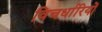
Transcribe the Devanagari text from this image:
विचर्धारियों